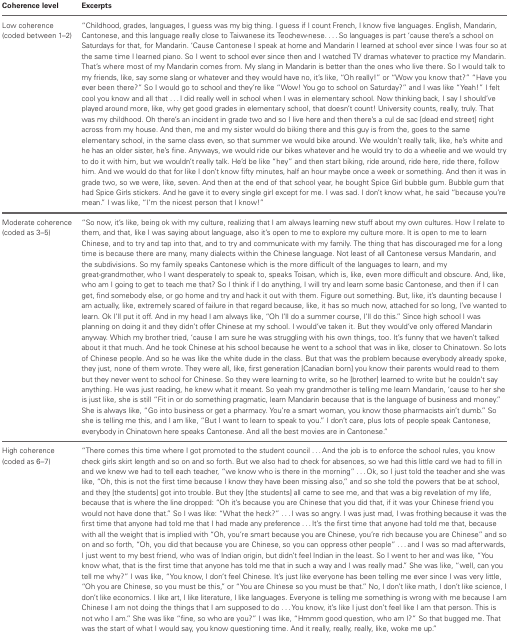
<table><thead><tr><td><b>Coherence level</b></td><td><b>Excerpts</b></td></tr></thead><tbody><tr><td>Low coherence (coded between 1–2)</td><td>“Childhood, grades, languages, I guess was my big thing. I guess if I count French, I know five languages. English, Mandarin, Cantonese, and this language really close to Taiwanese its Teochew-nese. ... So languages is part ‘cause there&#x27;s a school on Saturdays for that, for Mandarin. ‘Cause Cantonese I speak at home and Mandarin I learned at school ever since I was four so at the same time I learned piano. So I went to school ever since then and I watched TV dramas whatever to practice my Mandarin. That&#x27;s where most of my Mandarin comes from. My slang in Mandarin is better than the ones who live there. So I would talk to my friends, like, say some slang or whatever and they would have no, it&#x27;s like, “Oh really!” or “Wow you know that?” “Have you ever been there?” So I would go to school and they&#x27;re like “Wow! You go to school on Saturday?” and I was like “Yeah!” I felt cool you know and all that ... I did really well in school when I was in elementary school. Now thinking back, I say I should&#x27;ve played around more, like, why get good grades in elementary school, that doesn&#x27;t count! University counts, really, truly. That was my childhood. Oh there&#x27;s an incident in grade two and so I live here and then there&#x27;s a cul de sac [dead end street] right across from my house. And then, me and my sister would do biking there and this guy is from the, goes to the same elementary school, in the same class even, so that summer we would bike around. We wouldn&#x27;t really talk, like, he&#x27;s white and he has an older sister, he&#x27;s fine. Anyways, we would ride our bikes whatever and he would try to do a wheelie and we would try to do it with him, but we wouldn&#x27;t really talk. He&#x27;d be like “hey” and then start biking, ride around, ride here, ride there, follow him. And we would do that for like I don&#x27;t know fifty minutes, half an hour maybe once a week or something. And then it was in grade two, so we were, like, seven. And then at the end of that school year, he bought Spice Girl bubble gum. Bubble gum that had Spice Girls stickers. And he gave it to every single girl except for me. I was sad. I don&#x27;t know what, he said “because you&#x27;re mean.” I was like, “I&#x27;m the nicest person that I know!”</td></tr><tr><td>Moderate coherence (coded as 3–5)</td><td>“So now, it&#x27;s like, being ok with my culture, realizing that I am always learning new stuff about my own cultures. How I relate to them, and that, like I was saying about language, also it&#x27;s open to me to explore my culture more. It is open to me to learn Chinese, and to try and tap into that, and to try and communicate with my family. The thing that has discouraged me for a long time is because there are many, many dialects within the Chinese language. Not least of all Cantonese versus Mandarin, and the subdivisions. So my family speaks Cantonese which is the more difficult of the languages to learn, and my great-grandmother, who I want desperately to speak to, speaks Toisan, which is, like, even more difficult and obscure. And, like, who am I going to get to teach me that? So I think if I do anything, I will try and learn some basic Cantonese, and then if I can get, find somebody else, or go home and try and hack it out with them. Figure out something. But, like, it&#x27;s daunting because I am actually, like, extremely scared of failure in that regard because, like, it has so much now, attached for so long, I&#x27;ve wanted to learn. Ok I&#x27;ll put it off. And in my head I am always like, “Oh I&#x27;ll do a summer course, I&#x27;ll do this.” Since high school I was planning on doing it and they didn&#x27;t offer Chinese at my school. I would&#x27;ve taken it. But they would&#x27;ve only offered Mandarin anyway. Which my brother tried, ‘cause I am sure he was struggling with his own things, too. It&#x27;s funny that we haven&#x27;t talked about it that much. And he took Chinese at his school because he went to a school that was in like, closer to Chinatown. So lots of Chinese people. And so he was like the white dude in the class. But that was the problem because everybody already spoke, they just, none of them wrote. They were all, like, first generation [Canadian born] you know their parents would read to them but they never went to school for Chinese. So they were learning to write, so he [brother] learned to write but he couldn&#x27;t say anything. He was just reading, he knew what it meant. So yeah my grandmother is telling me learn Mandarin, ‘cause to her she is just like, she is still “Fit in or do something pragmatic, learn Mandarin because that is the language of business and money.” She is always like, “Go into business or get a pharmacy. You&#x27;re a smart woman, you know those pharmacists ain&#x27;t dumb.” So she is telling me this, and I am like, “But I want to learn to speak to you.” I don&#x27;t care, plus lots of people speak Cantonese, everybody in Chinatown here speaks Cantonese. And all the best movies are in Cantonese.”</td></tr><tr><td>High coherence (coded as 6–7)</td><td>“There comes this time where I got promoted to the student council ... And the job is to enforce the school rules, you know check girls skirt length and so on and so forth. But we also had to check for absences, so we had this little card we had to fill in and we knew we had to tell each teacher, “we know who is there in the morning” ... Ok, so I just told the teacher and she was like, “Oh, this is not the first time because I know they have been missing also,” and so she told the powers that be at school, and they [the students] got into trouble. But they [the students] all came to see me, and that was a big revelation of my life, because that is where the line dropped: “Oh it&#x27;s because you are Chinese that you did that, if it was your Chinese friend you would not have done that.” So I was like: “What the heck?” ... I was so angry. I was just mad, I was frothing because it was the first time that anyone had told me that I had made any preference ... It&#x27;s the first time that anyone had told me that, because with all the weight that is implied with “Oh, you&#x27;re smart because you are Chinese, you&#x27;re rich because you are Chinese” and so on and so forth, “Oh, you did that because you are Chinese, so you can oppress other people” ... and I was so mad afterwards, I just went to my best friend, who was of Indian origin, but didn&#x27;t feel Indian in the least. So I went to her and was like, “You know what, that is the first time that anyone has told me that in such a way and I was really mad.” She was like, “well, can you tell me why?” I was like, “You know, I don&#x27;t feel Chinese. It&#x27;s just like everyone has been telling me ever since I was very little, “Oh you are Chinese, so you must be this,” or “You are Chinese so you must be that.” No, I don&#x27;t like math, I don&#x27;t like science, I don&#x27;t like economics. I like art, I like literature, I like languages. Everyone is telling me something is wrong with me because I am Chinese I am not doing the things that I am supposed to do ... You know, it&#x27;s like I just don&#x27;t feel like I am that person. This is not who I am.” She was like “fine, so who are you?” I was like, “Hmmm good question, who am I?” So that bugged me. That was the start of what I would say, you know questioning time. And it really, really, really, like, woke me up.”</td></tr></tbody></table>